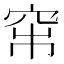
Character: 𥥏